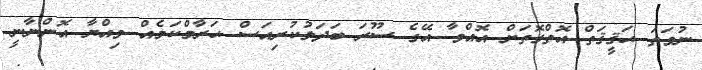
ނުވަތަ ޙަޤީޤަތް އޮތްގޮތަށް އޮއްވާ އޭގެ ސޫރަ ބަދަލުކުރިއަސް ޙަރާމްކަމެއް ވިއްޔާ އޮންނާނީ